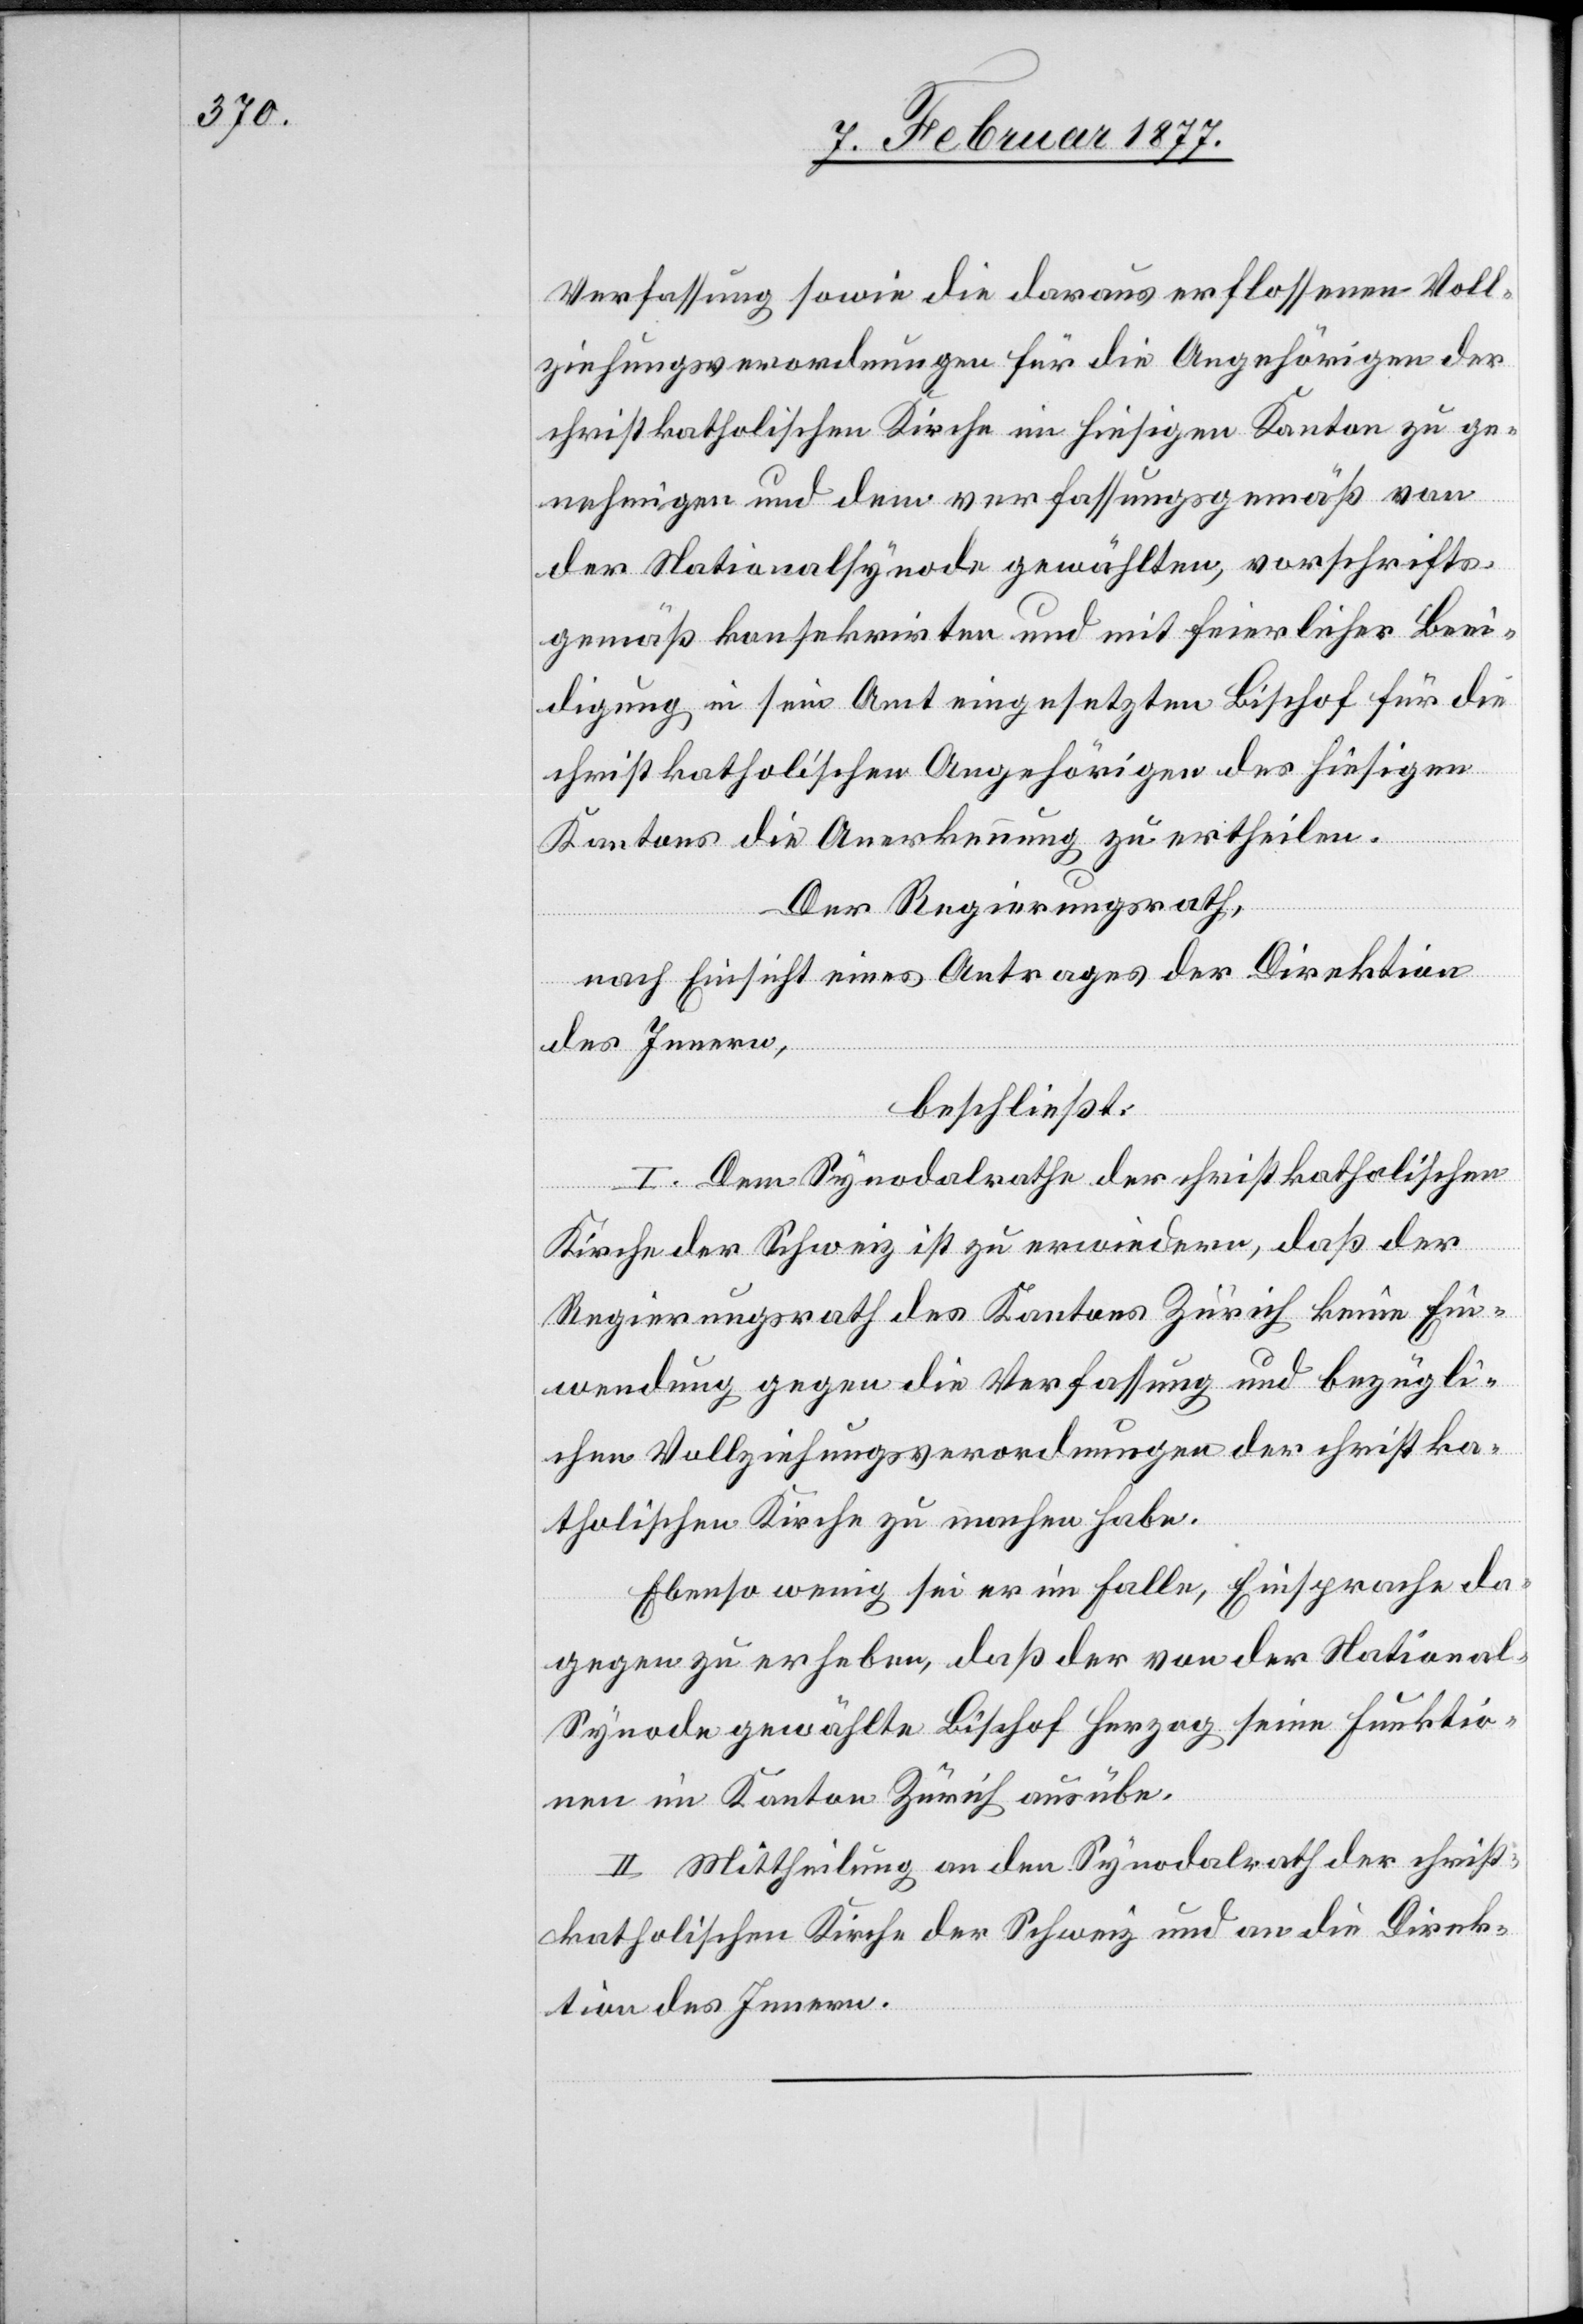
Verfassung sowie die daraus erflossenen Voll¬
ziehungsverordnungen für die Angehörigen der
christkatholischen Kirche im hiesigen Kanton zu ge¬
nehmigen und dem verfassungsgemäß von
der Nationssynode gewählten, vorschrifts¬
gemäß konsekrirten und mit feierlicher Beei¬
digung in sein Amt eingesetzten Bischof für die
christkatholischen Angehörigen des hiesigen
Kantons die Anerkennung zu ertheilen.
Der Regierungsrath,
nach Einsicht eines Antrages der Direktion
des Innern,
beschließt:
I. Dem Synodalrathe der christkatholischen
Kirche der Schweiz ist zu erwiedern, daß der
Regierungsrath des Kantons Zürich keine Ein¬
wendung gegen die Verfassung und bezügli¬
chen Vollziehungsverordnungen der christka¬
tholischen Kirche zu machen habe.
Ebenso wenig sei er im Falle, Einsprache da¬
gegen zu erheben, daß der von der Nationa¬
l-Synode gewählte Bischof Herzog seine Funktio¬
nen im Kanton Zürich ausübe.
II. Mittheilung an den Synodenrath der christ¬
katholischen Kirche in der Schweiz und an die Direk¬
tion des Innern.